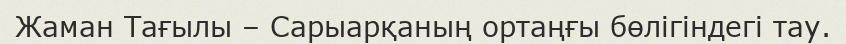
Жаман Тағылы – Сарыарқаның ортаңғы бөлігіндегі тау.